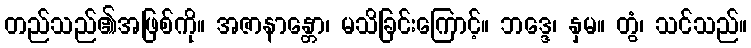
တည်သည်၏အဖြစ်ကို။ အဇာနာန္တော၊ မသိခြင်းကြောင့်။ ဘဒ္ဒေ၊ နှမ။ တွံ၊ သင်သည်။